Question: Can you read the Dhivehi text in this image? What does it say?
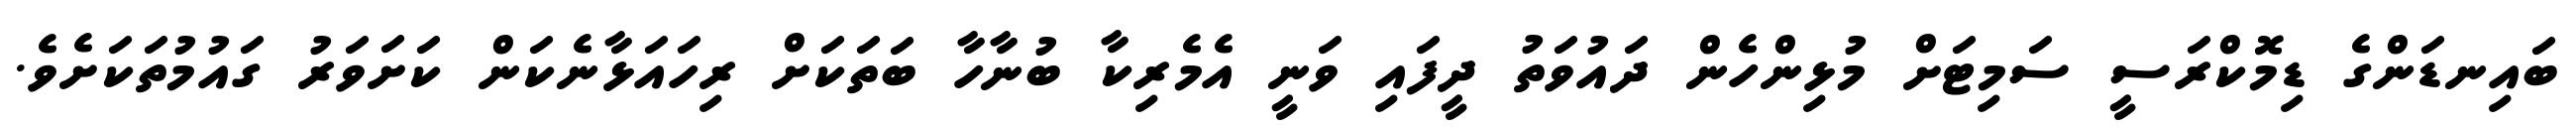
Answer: ބައިނޑަންގެ ޑިމޮކްރަސީ ސަމިޓަށް މުޅިންހެން ދައުވަތު ދީފައި ވަނީ އެމެރިކާ ބުނާހާ ބަތަކަށް ރިހައަޅާނެކަން ކަށަވަރު ގައުމުތަކަށެވެ.